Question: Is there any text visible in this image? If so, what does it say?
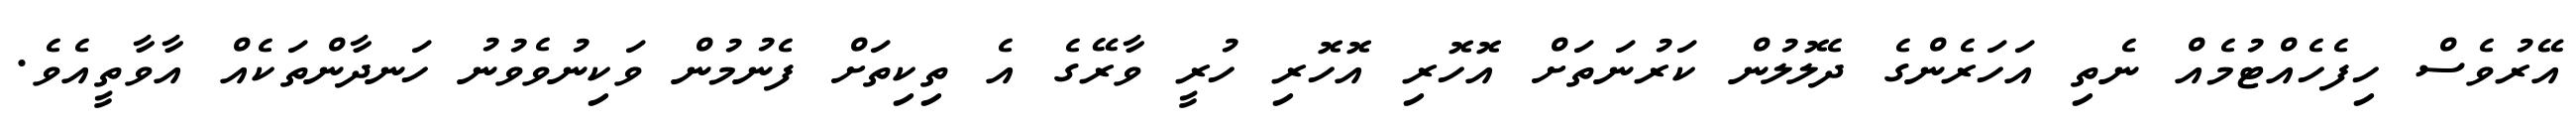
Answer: އޭރުވެސް ހިފެހެއްޓުމެއް ނެތި އަހަރެންގެ ދެލޮލުން ކަރުނަތަށް އޮހޮރި އޮހޮރި ހުރީ ވާރޭގެ އެ ތިކިތަށް ފެނުމުން ވަކިނުވެވުނު ހަނދާންތަކެއް އާވާތީއެވެ.